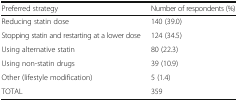
<table><thead><tr><td><b>Preferred strategy</b></td><td><b>Number of respondents (%)</b></td></tr></thead><tbody><tr><td>Reducing statin dose</td><td>140 (39.0)</td></tr><tr><td>Stopping statin and restarting at a lower dose</td><td>124 (34.5)</td></tr><tr><td>Using alternative statin</td><td>80 (22.3)</td></tr><tr><td>Using non-statin drugs</td><td>39 (10.9)</td></tr><tr><td>Other (lifestyle modification)</td><td>5 (1.4)</td></tr><tr><td>TOTAL</td><td>359</td></tr></tbody></table>